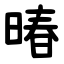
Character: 暙